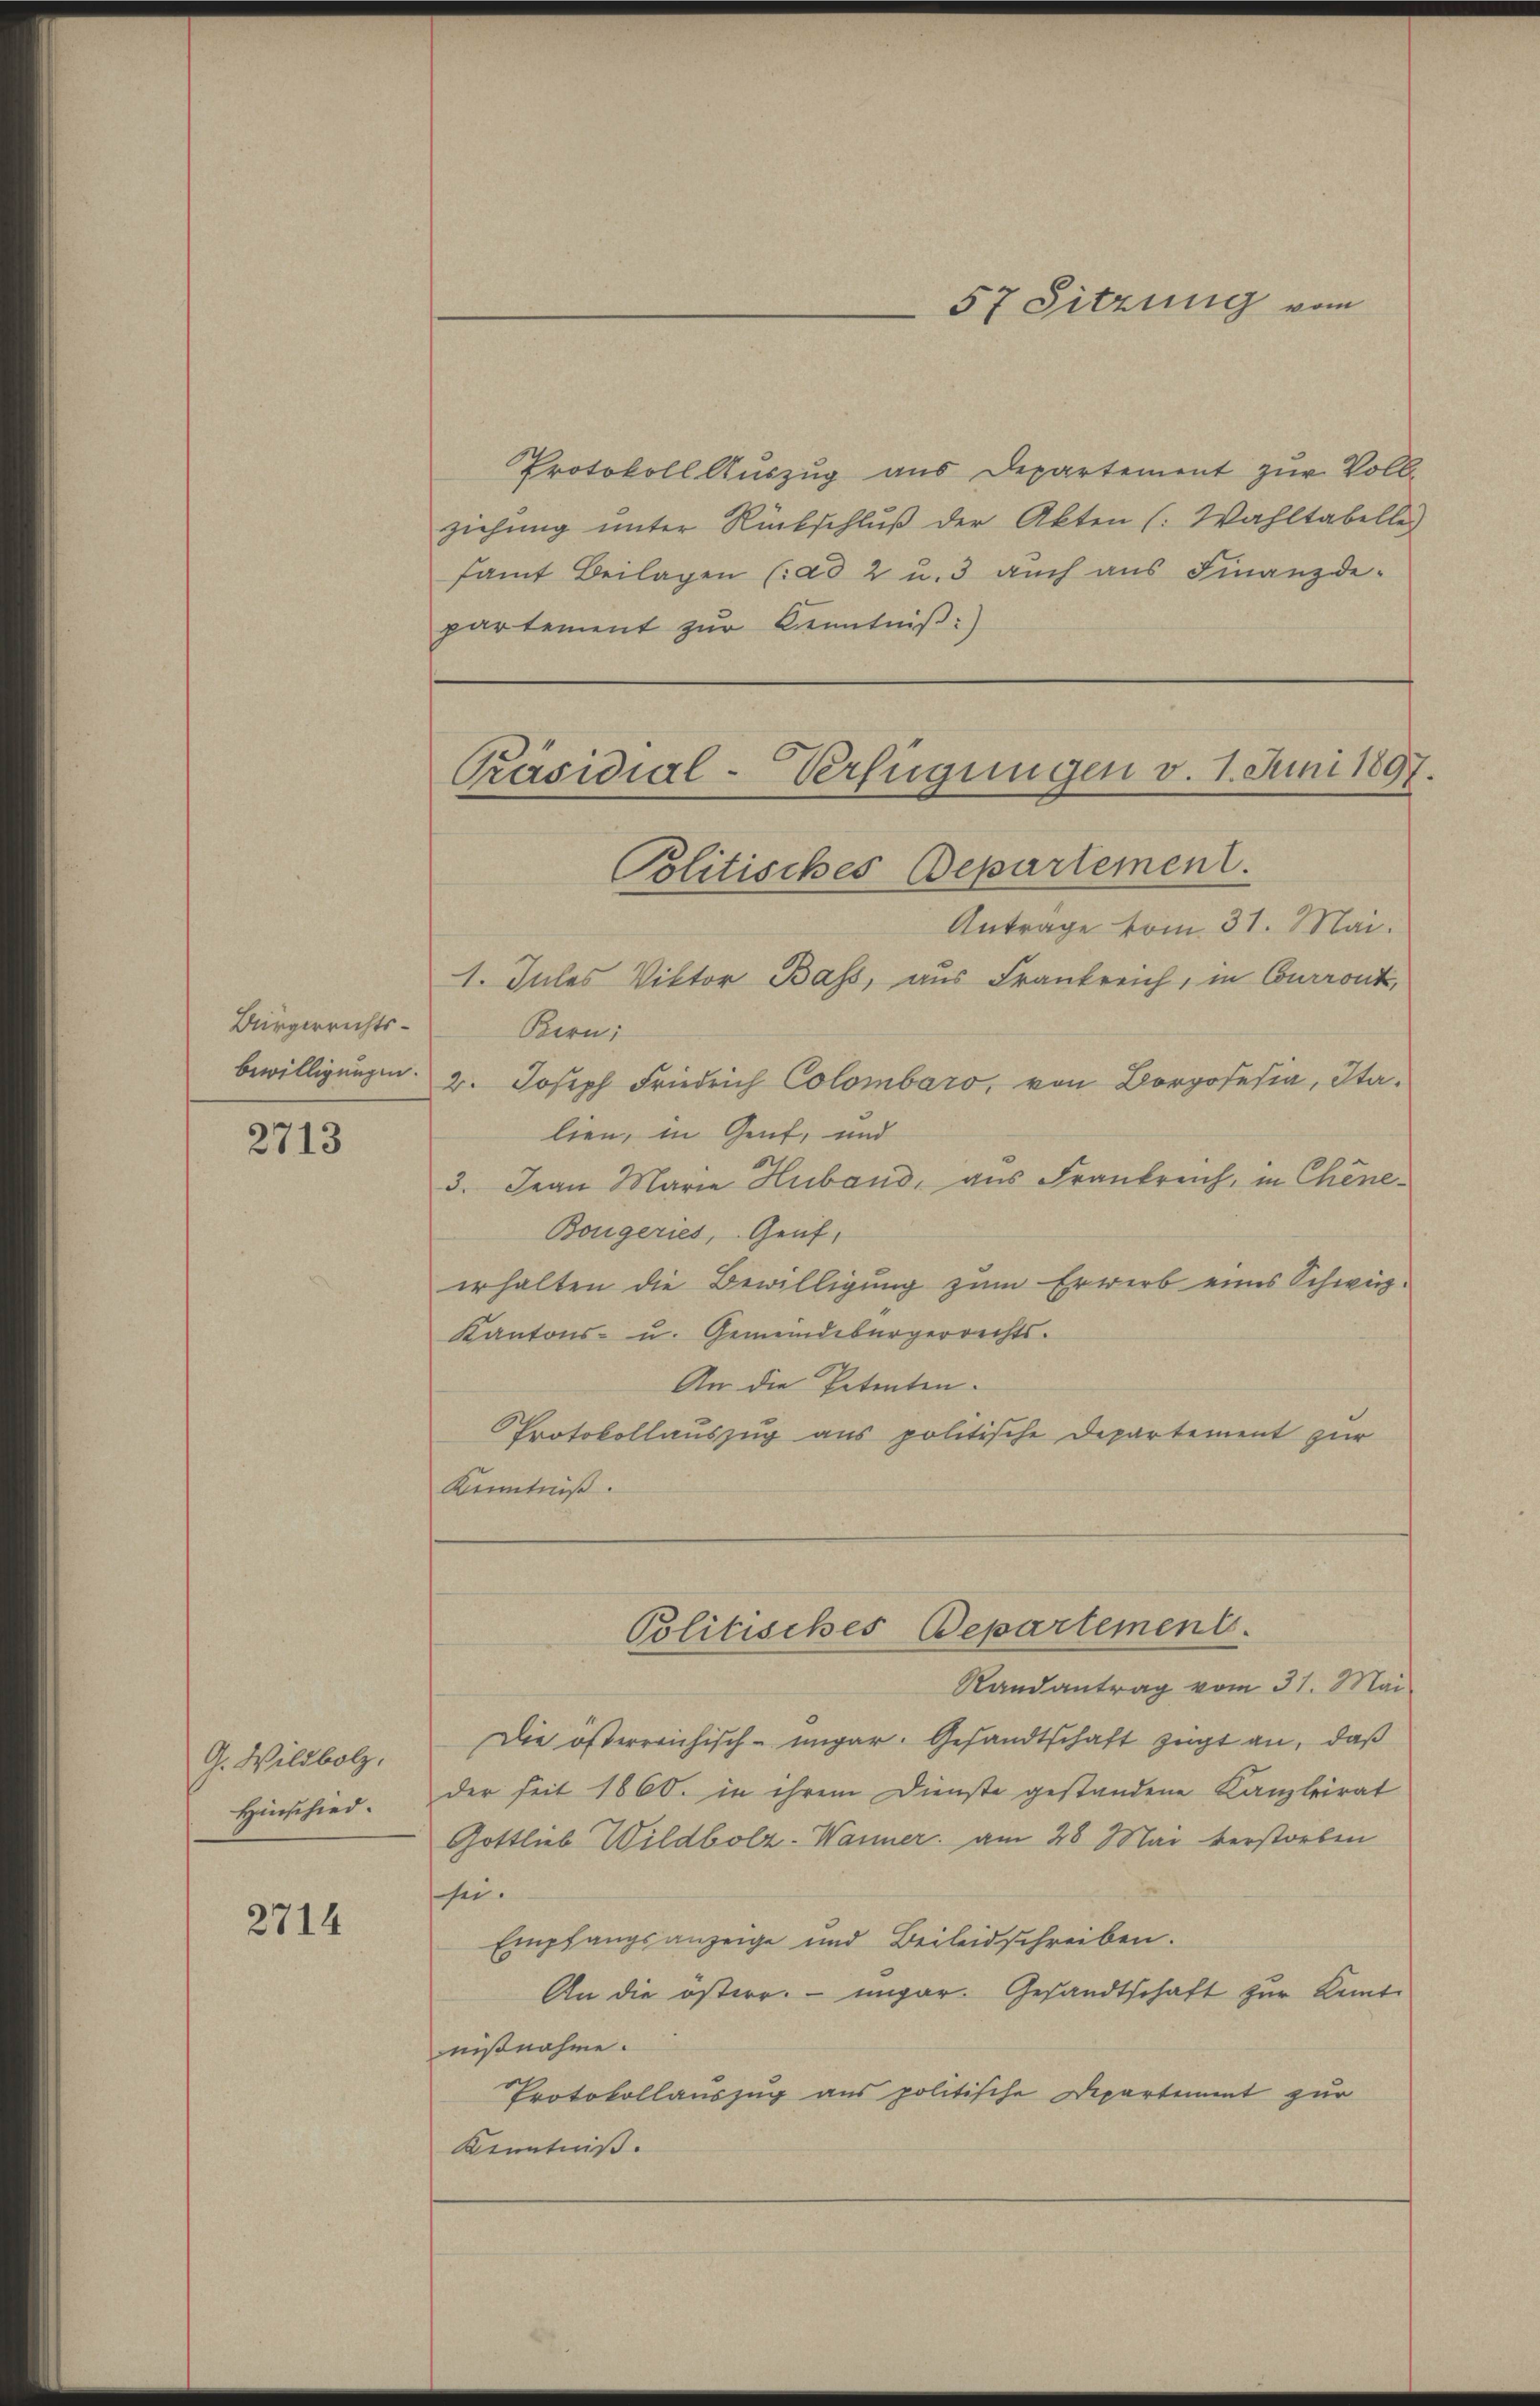
Bürgerrichts-
bewilligungen

2713

G. Wildbolz,
Hinschied.

2714

Protokoll Auszug aus Departement zur Voll-
ziehung unter Rückschluß der Akten (: Wahltabellei
samt Beilagen (ad 2 u. 3 auch aus Finanzde-
partement zur Kenntniß:)

Antrage vom 31. Mai.
1. Jules Viktor Bass, aus Frankreich, in Courront,
Bern;
2. Joseph Friedrich Colombaro, von Borosi, Italien, in Genf, und
3. Jean Maria Huband, aus Frankreich, in Chine-
Bougeries, Genf,
erhalten die Bewilligung zum Erwerb eines Schweiz.
Kantons- u. Gemeindebürgerrechts.
An die Petenten.
Protokollauszug aus politische Departement zur
Kenntniß.
Politisches Departement.
Randantrag vom 31. Mai
Die österreichisch-ungar. Gesandtschaft zeigt an, daß
der seit 1860. in ihrem Dienste gestandene Kanzleirat
Gottlieb Wildbolz-Wanner am 28 Mai verstorben
sei.
Empfangsanzeige und Beileidschreiben.
An die österr. ungar. Gesandtschaft zur Kant
nißnahme.
Protokollauszug aus politische Departement zur
Kenntniß.

57 Sitzung vom

Präsidial-Verfügungen v. 1. Juni 1897.
Politisches Departement.